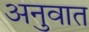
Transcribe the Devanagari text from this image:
अनुवात